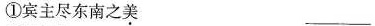
①宾主尽东南之美___